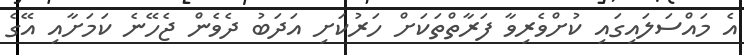
އެ މައްސަލައިގައި ކުށްވެރިވާ ފަރާތްތަކަށް ހަރުކަށި އަދަބު ދެވެން ޖެހޭނެ ކަމަށާއި އޭގެ